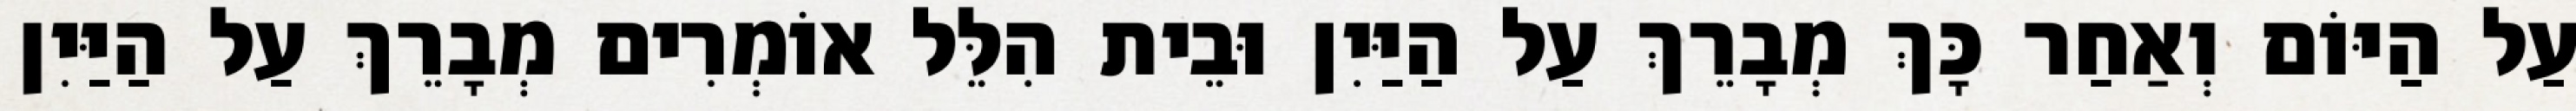
עַל הַיּוֹם וְאַחַר כָּךְ מְבָרֵךְ עַל הַיַּיִן וּבֵית הִלֵּל אוֹמְרִים מְבָרֵךְ עַל הַיַּיִן